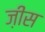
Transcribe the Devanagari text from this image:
ज़ीस